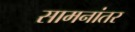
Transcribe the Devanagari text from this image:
सामनांतर